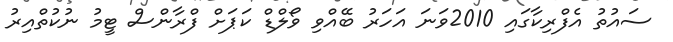
ސައުތު އެފްރިކާގައި 2010ވަނަ އަހަރު ބޭއްވި ވޯލްޑް ކަޕަށް ފްރާންސް ޓީމު ނުކުތްއިރު